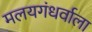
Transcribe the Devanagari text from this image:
मलयगंधर्वाला